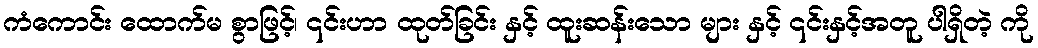
ကံကောင်း ထောက်မ စွာဖြင့်၊ ၎င်းဟာ ထုတ်ခြင်း နှင့် ထူးဆန်းသော များ နှင့် ၎င်းနှင့်အတူ ပါရှိတဲ့ ကို